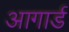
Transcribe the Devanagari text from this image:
आगार्ड